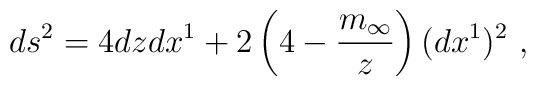
ds^2 = 4 dz dx^1+2\left( 4-\frac{m_\infty}{z}\right)(dx^1)^2 \ ,